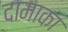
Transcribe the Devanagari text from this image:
दामाका